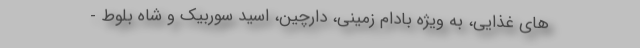
های غذایی، به ویژه بادام زمینی، دارچین، اسید سوربیک و شاه بلوط -